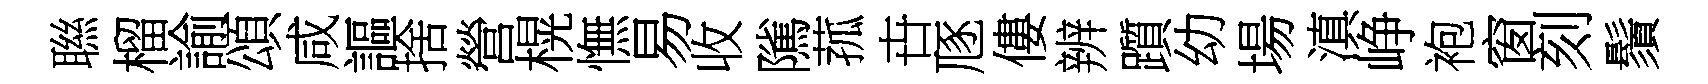
聮榴諭頌咸謳捨營榥憮易收隲菰卋豗僂辨躓幼場滇峥袍窗刻鬚